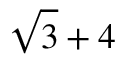
{ \sqrt { 3 } } + 4